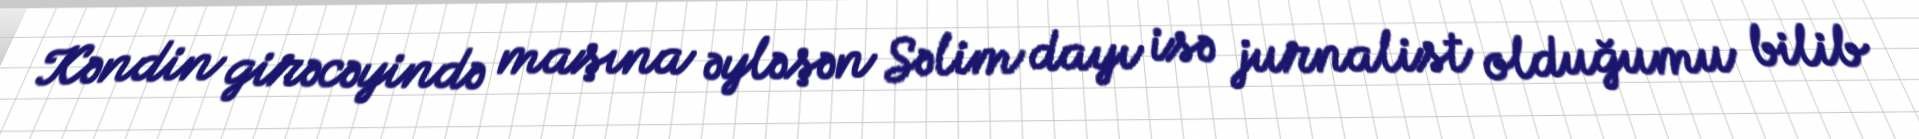
Kəndin girəcəyində maşına əyləşən Səlim dayı isə jurnalist olduğumu bilib